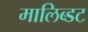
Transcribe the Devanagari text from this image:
मालिब्डट